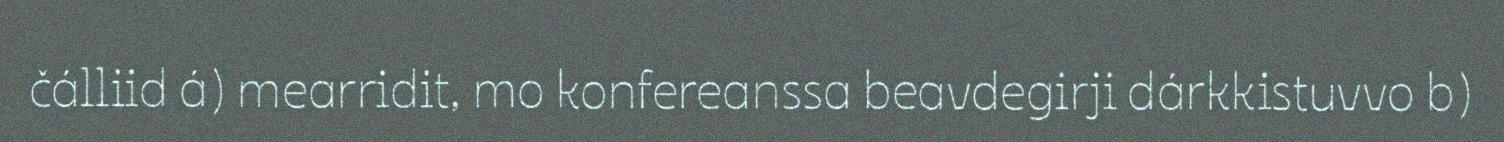
čálliid á) mearridit, mo konfereanssa beavdegirji dárkkistuvvo b)